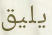
يليق